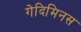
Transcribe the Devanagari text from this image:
गेदिमिनस